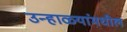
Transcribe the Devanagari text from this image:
उन्हाळ्यांमधील